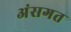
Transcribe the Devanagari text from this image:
अंसगत